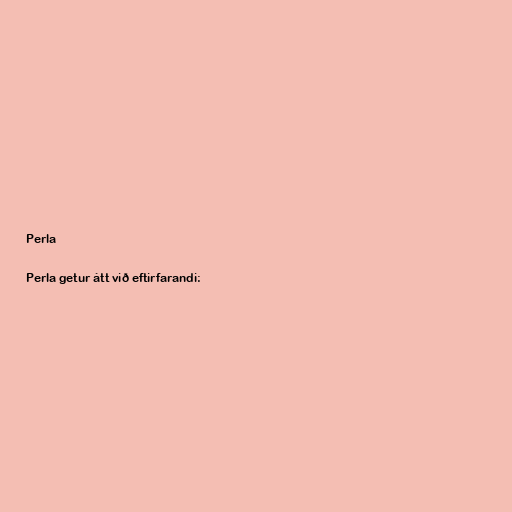
Perla

Perla getur átt við eftirfarandi: